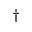
^ \dag